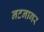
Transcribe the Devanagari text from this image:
नटनागर